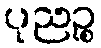
ပုညဉ္စ